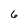
Character: 6